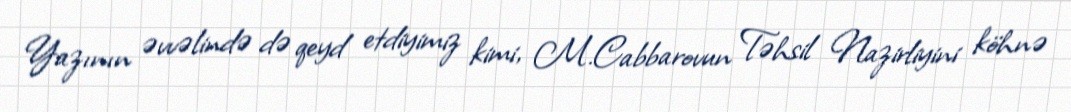
Yazının əvvəlində də qeyd etdiyimiz kimi, M.Cabbarovun Təhsil Nazirliyini köhnə